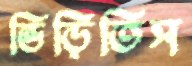
ভিড়িতিস